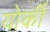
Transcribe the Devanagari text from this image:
योर्की